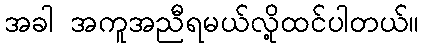
အခါ အကူအညီရမယ်လို့ထင်ပါတယ်။